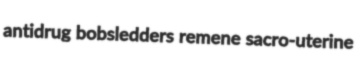
antidrug bobsledders remene sacro-uterine